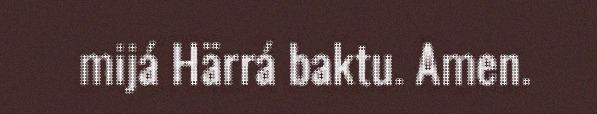
mijá Härrá baktu. Amen.